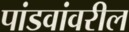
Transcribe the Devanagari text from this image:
पांडवांवरील